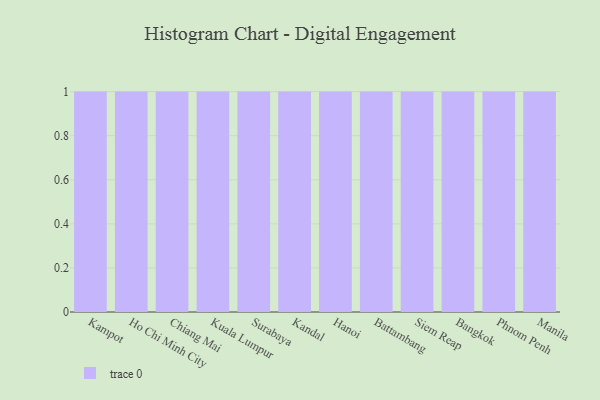
{"axis": {"x": "City", "y": "Page Views"}, "legend": [""], "data": [{"x": "Kampot", "y": 72, "type": ""}, {"x": "Ho Chi Minh City", "y": 76, "type": ""}, {"x": "Chiang Mai", "y": 65, "type": ""}, {"x": "Kuala Lumpur", "y": 87, "type": ""}, {"x": "Surabaya", "y": 42, "type": ""}, {"x": "Kandal", "y": 45, "type": ""}, {"x": "Hanoi", "y": 6, "type": ""}, {"x": "Battambang", "y": 70, "type": ""}, {"x": "Siem Reap", "y": 81, "type": ""}, {"x": "Bangkok", "y": 50, "type": ""}, {"x": "Phnom Penh", "y": 72, "type": ""}, {"x": "Manila", "y": 59, "type": ""}]}